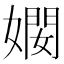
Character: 𫱠